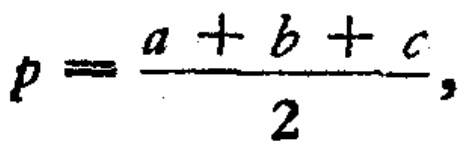
\[p = \frac{a + b + c}{2},\]